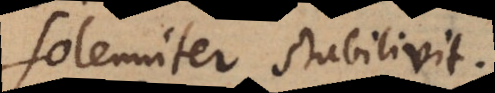
solenniter stabilivit.:)